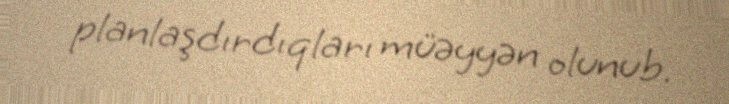
planlaşdırdıqları müəyyən olunub.